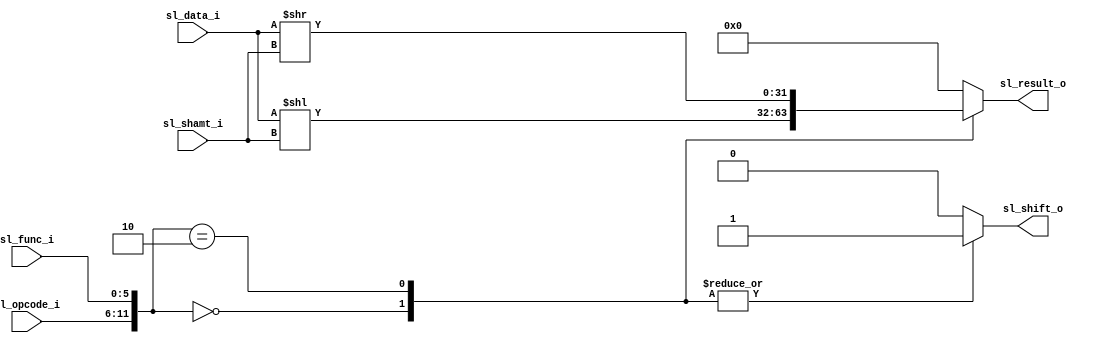
/******************************************************************
* Description
*	This performs a shift opeartion with the branch register
*	1.0
* Author:
*	Jaime Alberto Camacho Ortiz
* email:
*	ie725668@iteso.mx
* Date:
*	19.06.2021
******************************************************************/
module ShiftLogic(
	input [5:0] sl_opcode_i,
	input [4:0] sl_shamt_i,
	input [5:0] sl_func_i,
	input [31:0] sl_data_i,

	output [31:0] sl_result_o,
	output sl_shift_o
);

localparam SLL = 12'b000000_000000;
localparam SRL = 12'b000000_000010;


reg [31:0] shifted_result_r;
reg shift_flag_r;
wire [11:0] selector_w;

assign selector_w = {sl_opcode_i, sl_func_i};

always @(selector_w or sl_data_i or sl_shamt_i) begin
	case (selector_w)
		SLL :	//Shift Left Logic
			begin
				shifted_result_r = sl_data_i << sl_shamt_i;
				shift_flag_r = 1;
			end

		SRL :	//Shift Right Logic
			begin
				shifted_result_r = sl_data_i >> sl_shamt_i;
				shift_flag_r = 1;
			end

		default :
			begin
				shifted_result_r = 0;
				shift_flag_r = 0;
			end

	endcase
end

assign sl_result_o = shifted_result_r;
assign sl_shift_o = shift_flag_r;

endmodule